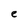
Character: e